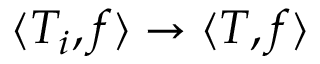
\langle T _ { i } , f \rangle \to \langle T , f \rangle